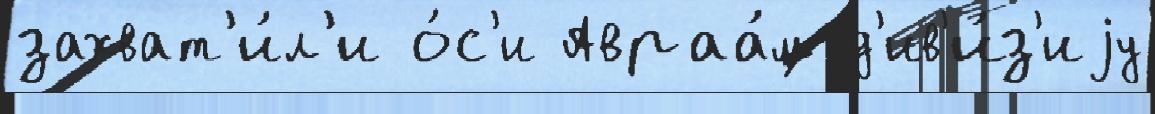
захват'и́л'и о́с'и Авраа́м д'ив'и́з'иjу